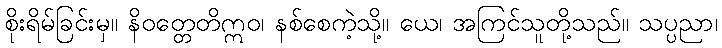
စိုးရိမ်ခြင်းမှ။ နိဝတ္တေတိဣဝ၊ နစ်စေကဲ့သို့။ ယေ၊ အကြင်သူတို့သည်။ သပ္ပညာ၊